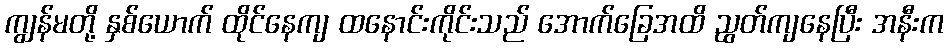
ကျွန်မတို့ နှစ်ယောက် ထိုင်နေကျ ထနောင်းကိုင်းသည် အောက်ခြေအထိ ညွတ်ကျနေပြီး အနီးက